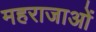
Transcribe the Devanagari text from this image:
महराजाओं